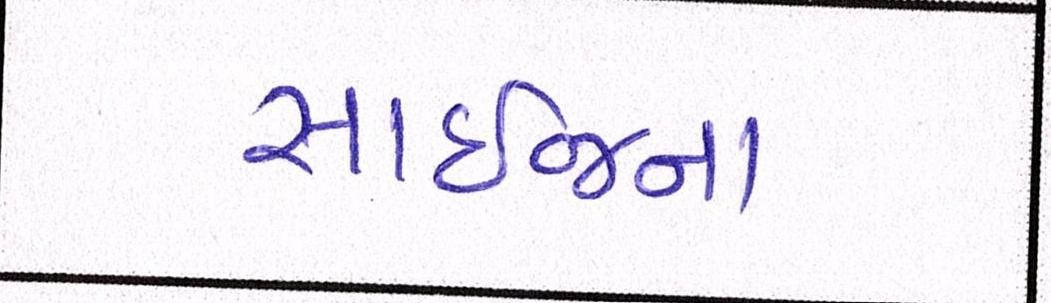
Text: સાઈજના